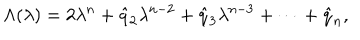
LaTeX: \Lambda ( \lambda ) = 2 \lambda ^ { n } + \hat { q } _ { 2 } \lambda ^ { n - 2 } + \hat { q } _ { 3 } \lambda ^ { n - 3 } + \cdots + \hat { q } _ { n } ,